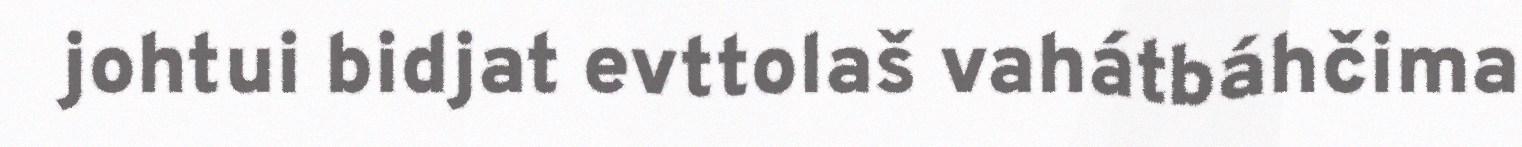
johtui bidjat evttolaš vahátbáhčima